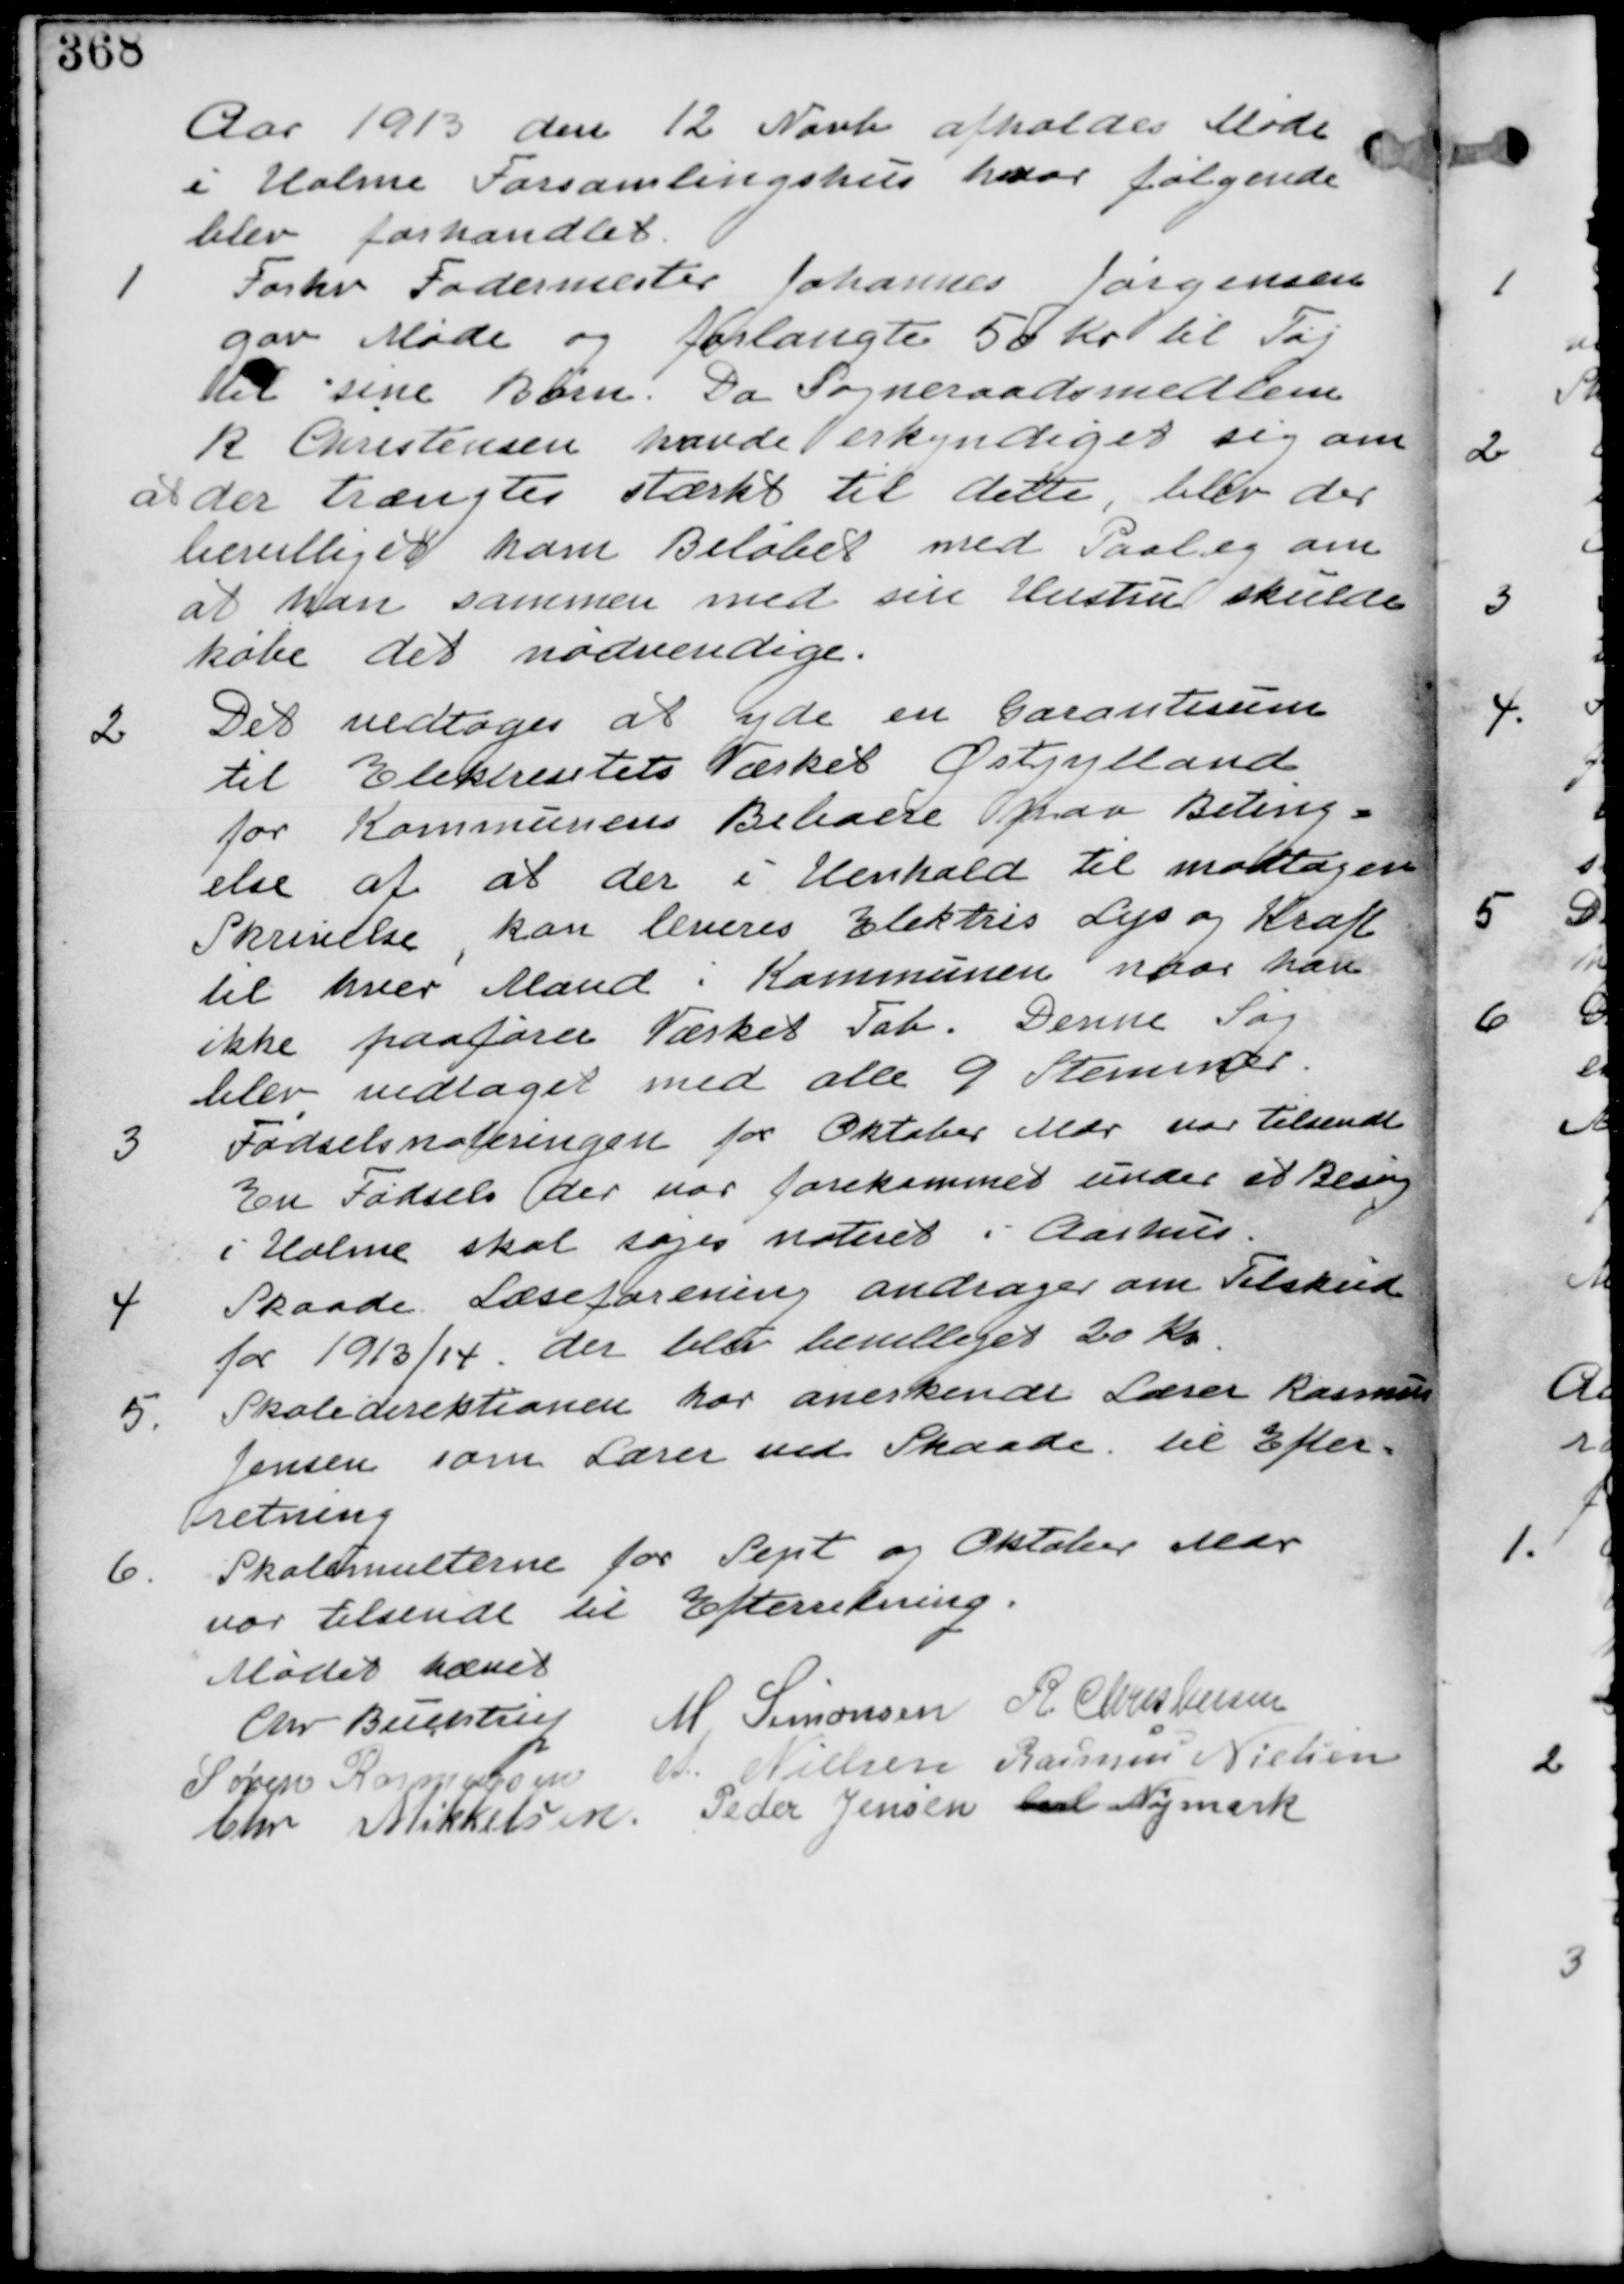
Transskription:
Aar 1913 den 12 Novb afholdes Møde
i Holme Forsamlingshus hvor følgende
blev forhandlet.

1. Forh Fodermester Johannes Jørgensen
gav møde og forlangte 50 Kr til Tøj
til sine Børn. Da Sogneraadsmedlem
R Kristensen havde erkyndiget sig om
at der trængtes stærkt til dette, blev der
bevilliget ham Beløbet med Paalæg om
at han sammen med sin Hustru skulde
købe det nødvendige.

2. Det vedtages at yde garantisum
til Elektricitets Værket Østjylland
for Kommunens Beboere paa Beting-
else af at der i Henhold til modtagen
Skrivelse, kan leveres Elektris Lys og Kraft
til hver Mand i Kommunen naar han
ikke paafører Værket Tab. Denne Sag
blev vedtaget med alle 9 Stemmer.

3. Fødselsnoteringen for Oktober Mdr var tilsendt.
En Fødsel der var forekommet under et Besøg
i Holme skal søges noteret i Aarhus.

4. Skaade Læseforening andrager om Tilskud
for 1913/4. der blev bevilliget 20 Kr.

5. Skoledirektionen har anerkendt Lærer Rasmus
Jensen som Lærer ved Skaade. til Efter-
retning.

6. Skolemulterne for Sept og Oktober Mdr
var tilsendt til Efterretning.

Mødet hævet
Chr Buchtrup M Simonsen R Christensen
Søren Rasmussen A. Nielsen Rasmus Nielsen
Chr Mikkelsen Peder Jensen Carl Nymark